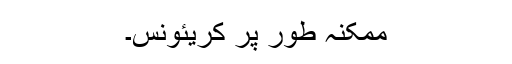
ممکنہ طور پر کریئونس۔